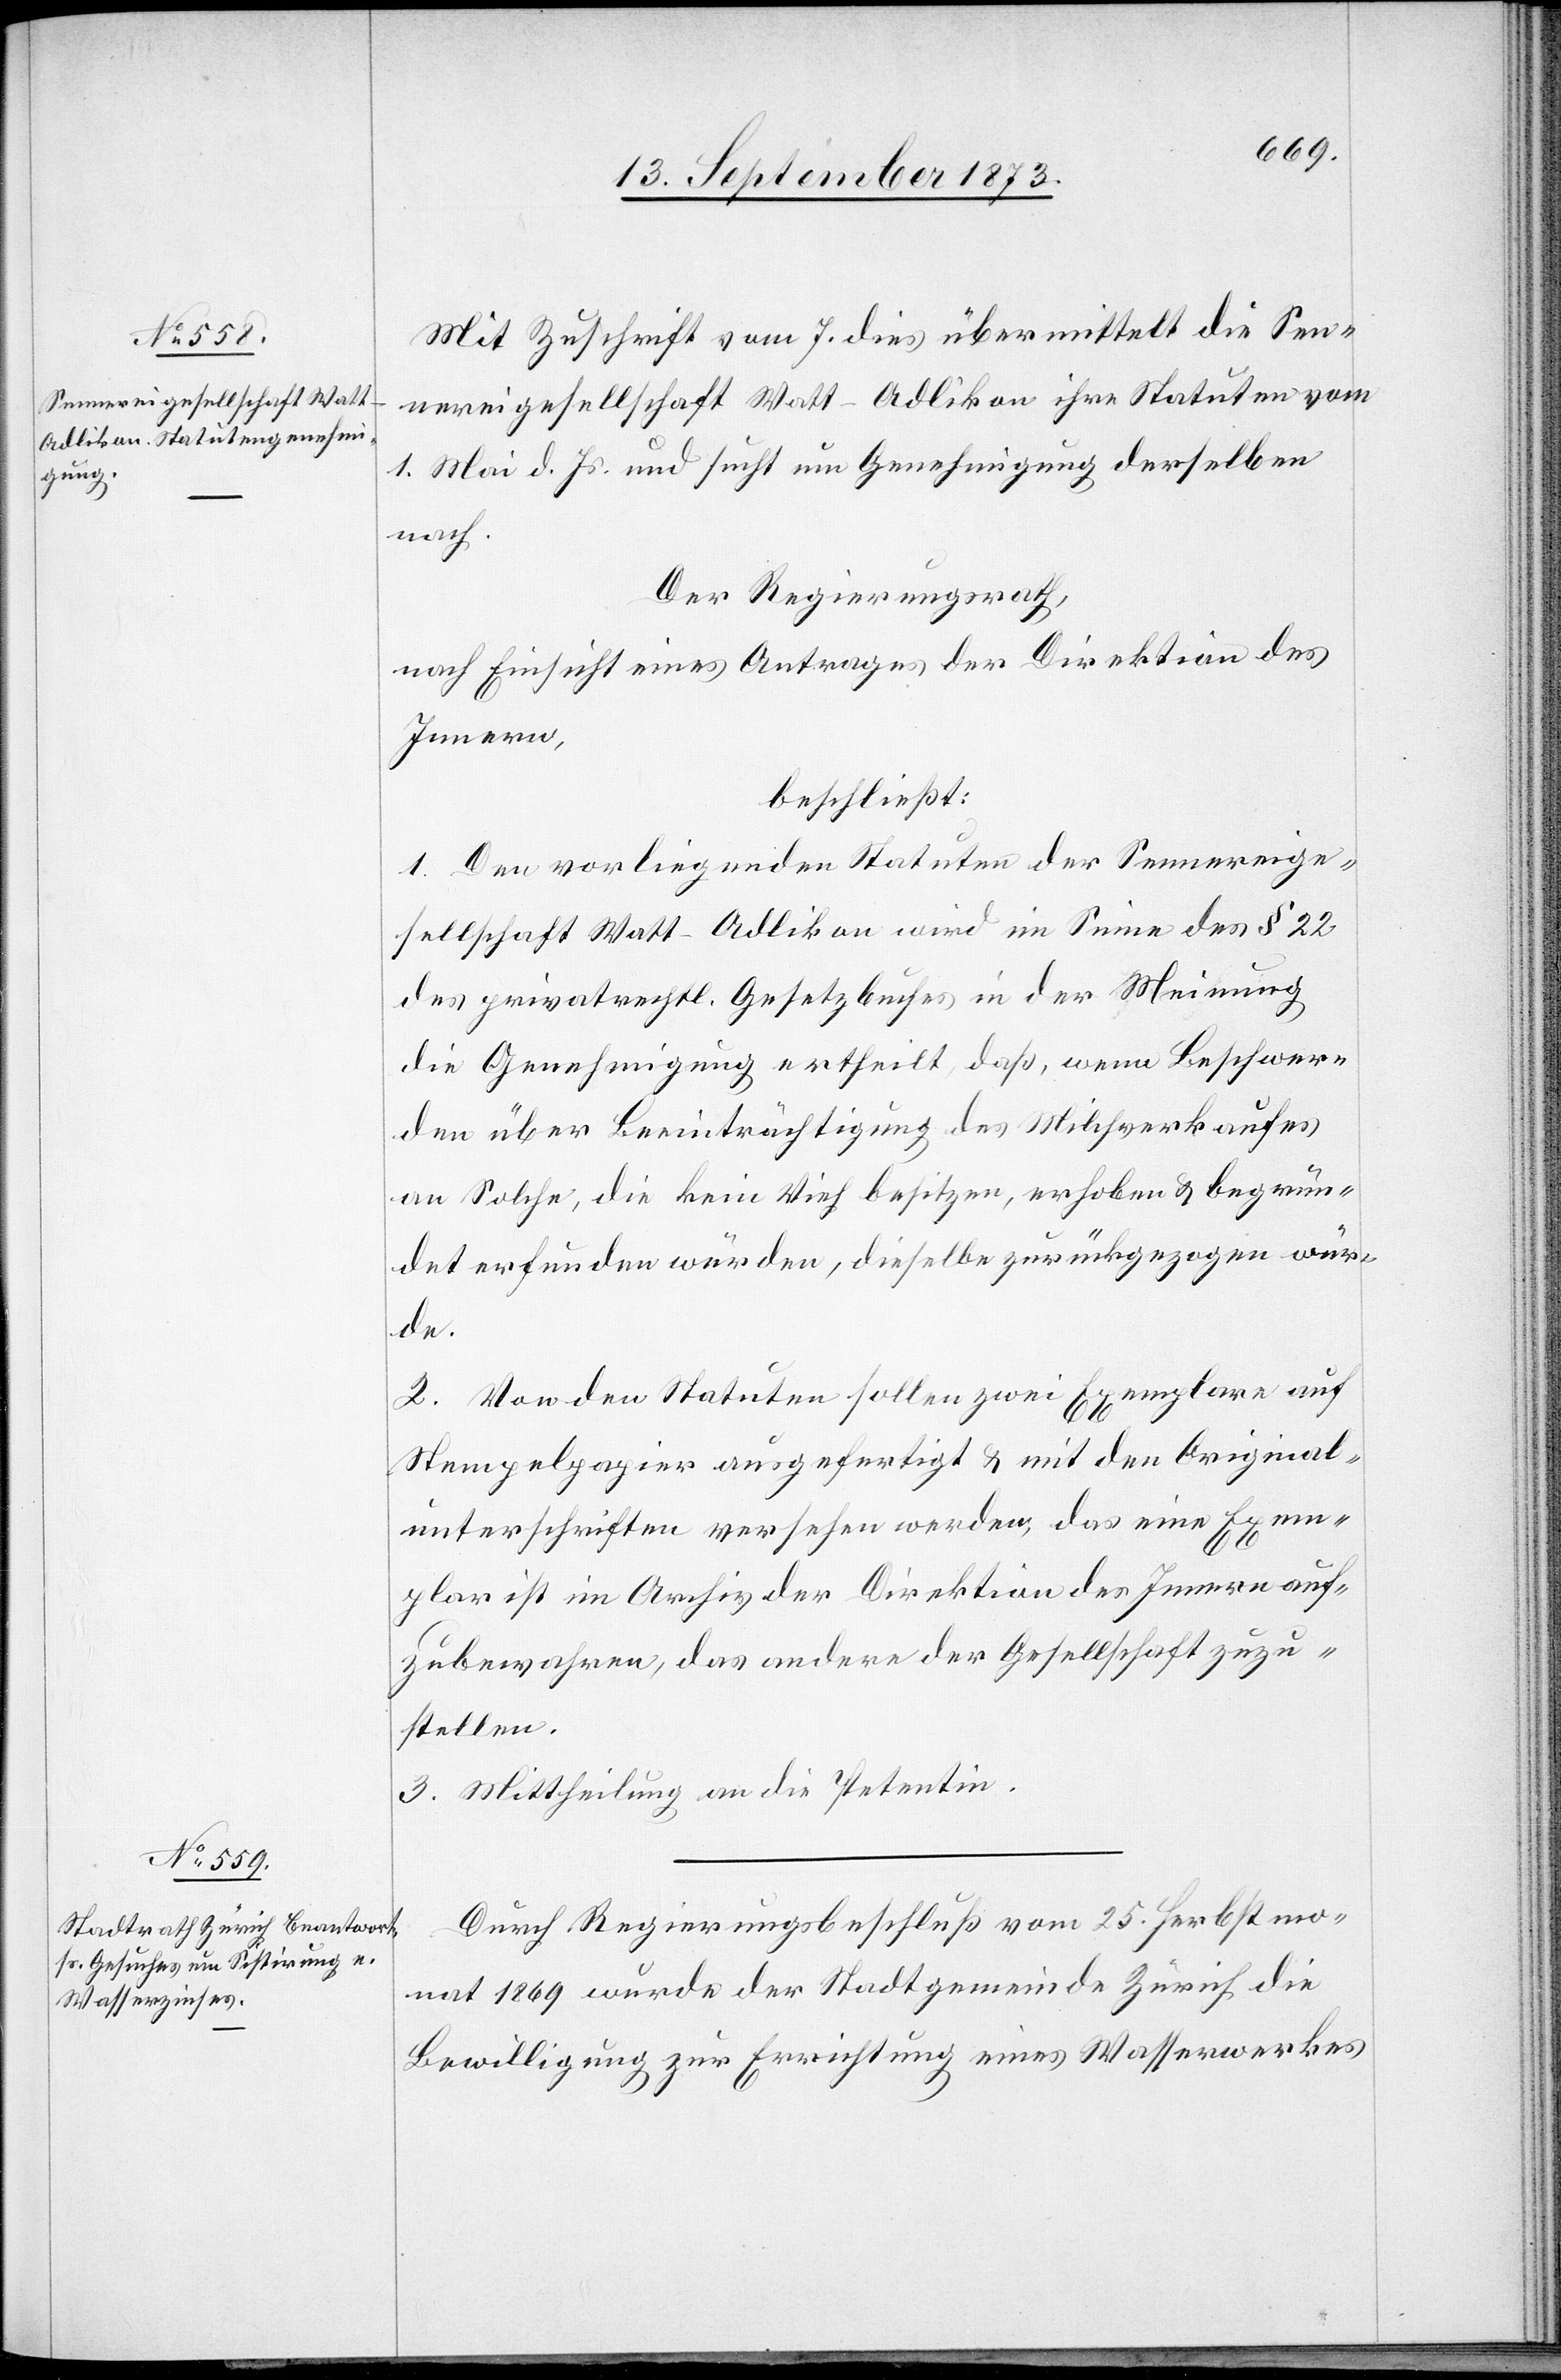
Mit Zuschrift vom 7. dies übermittelt die Sen¬
nereigesellschaft Watt-Adlikon ihre Statuten vom
1. Mai d. Js. und sucht um Genehmigung derselben
nach.
Der Regierungsrath,
nach Einsicht eines Antrages der Direktion des
Innern,
beschließt:
1. Den vorliegenden Statuten der Sennereige¬
sellschaft Watt-Adlikon wird im Sinne des § 22
des privatrechtl. Gesetzbuches in der Meinung
die Genehmigung ertheilt daß, wenn Beschwer¬
den über Beeinträchtigung des Milchverkaufes
an Solche, die kein Vieh besitzen, erhoben & begrün¬
det erfunden würden, dieselbe zurückgezogen wür¬
de.
2. Von den Statuten sollen zwei Exemplare auf
Stempelpapier ausgefertigt & mit den Original¬
unterschriften versehen werden, das eine Exem¬
plar ist im Archiv der Direktion des Innern auf¬
zubewahren, das andere der Gesellschaft zuzu¬
stellen.
3. Mittheilung an die Petentin.
Durch Regierungsbeschluß vom 25. Herbstmo¬
nat 1869 wurde der Stadtgemeinde Zürich die
Bewilligung zur Errichtung eines Wasserwerkes